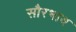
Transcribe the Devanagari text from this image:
सौरभाय